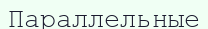
Параллельные